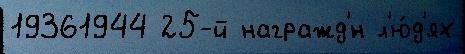
19361944 25-й награжд'́н л'ю́д'ях